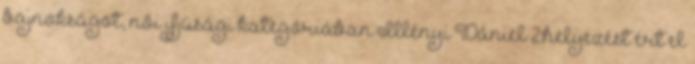
bajnokságot, női ifjúsági kategóriában Illényi Dániel 2.helyezést ért el